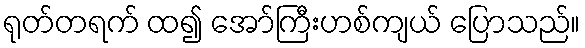
ရုတ်တရက် ထ၍ အော်ကြီးဟစ်ကျယ် ပြောသည်။